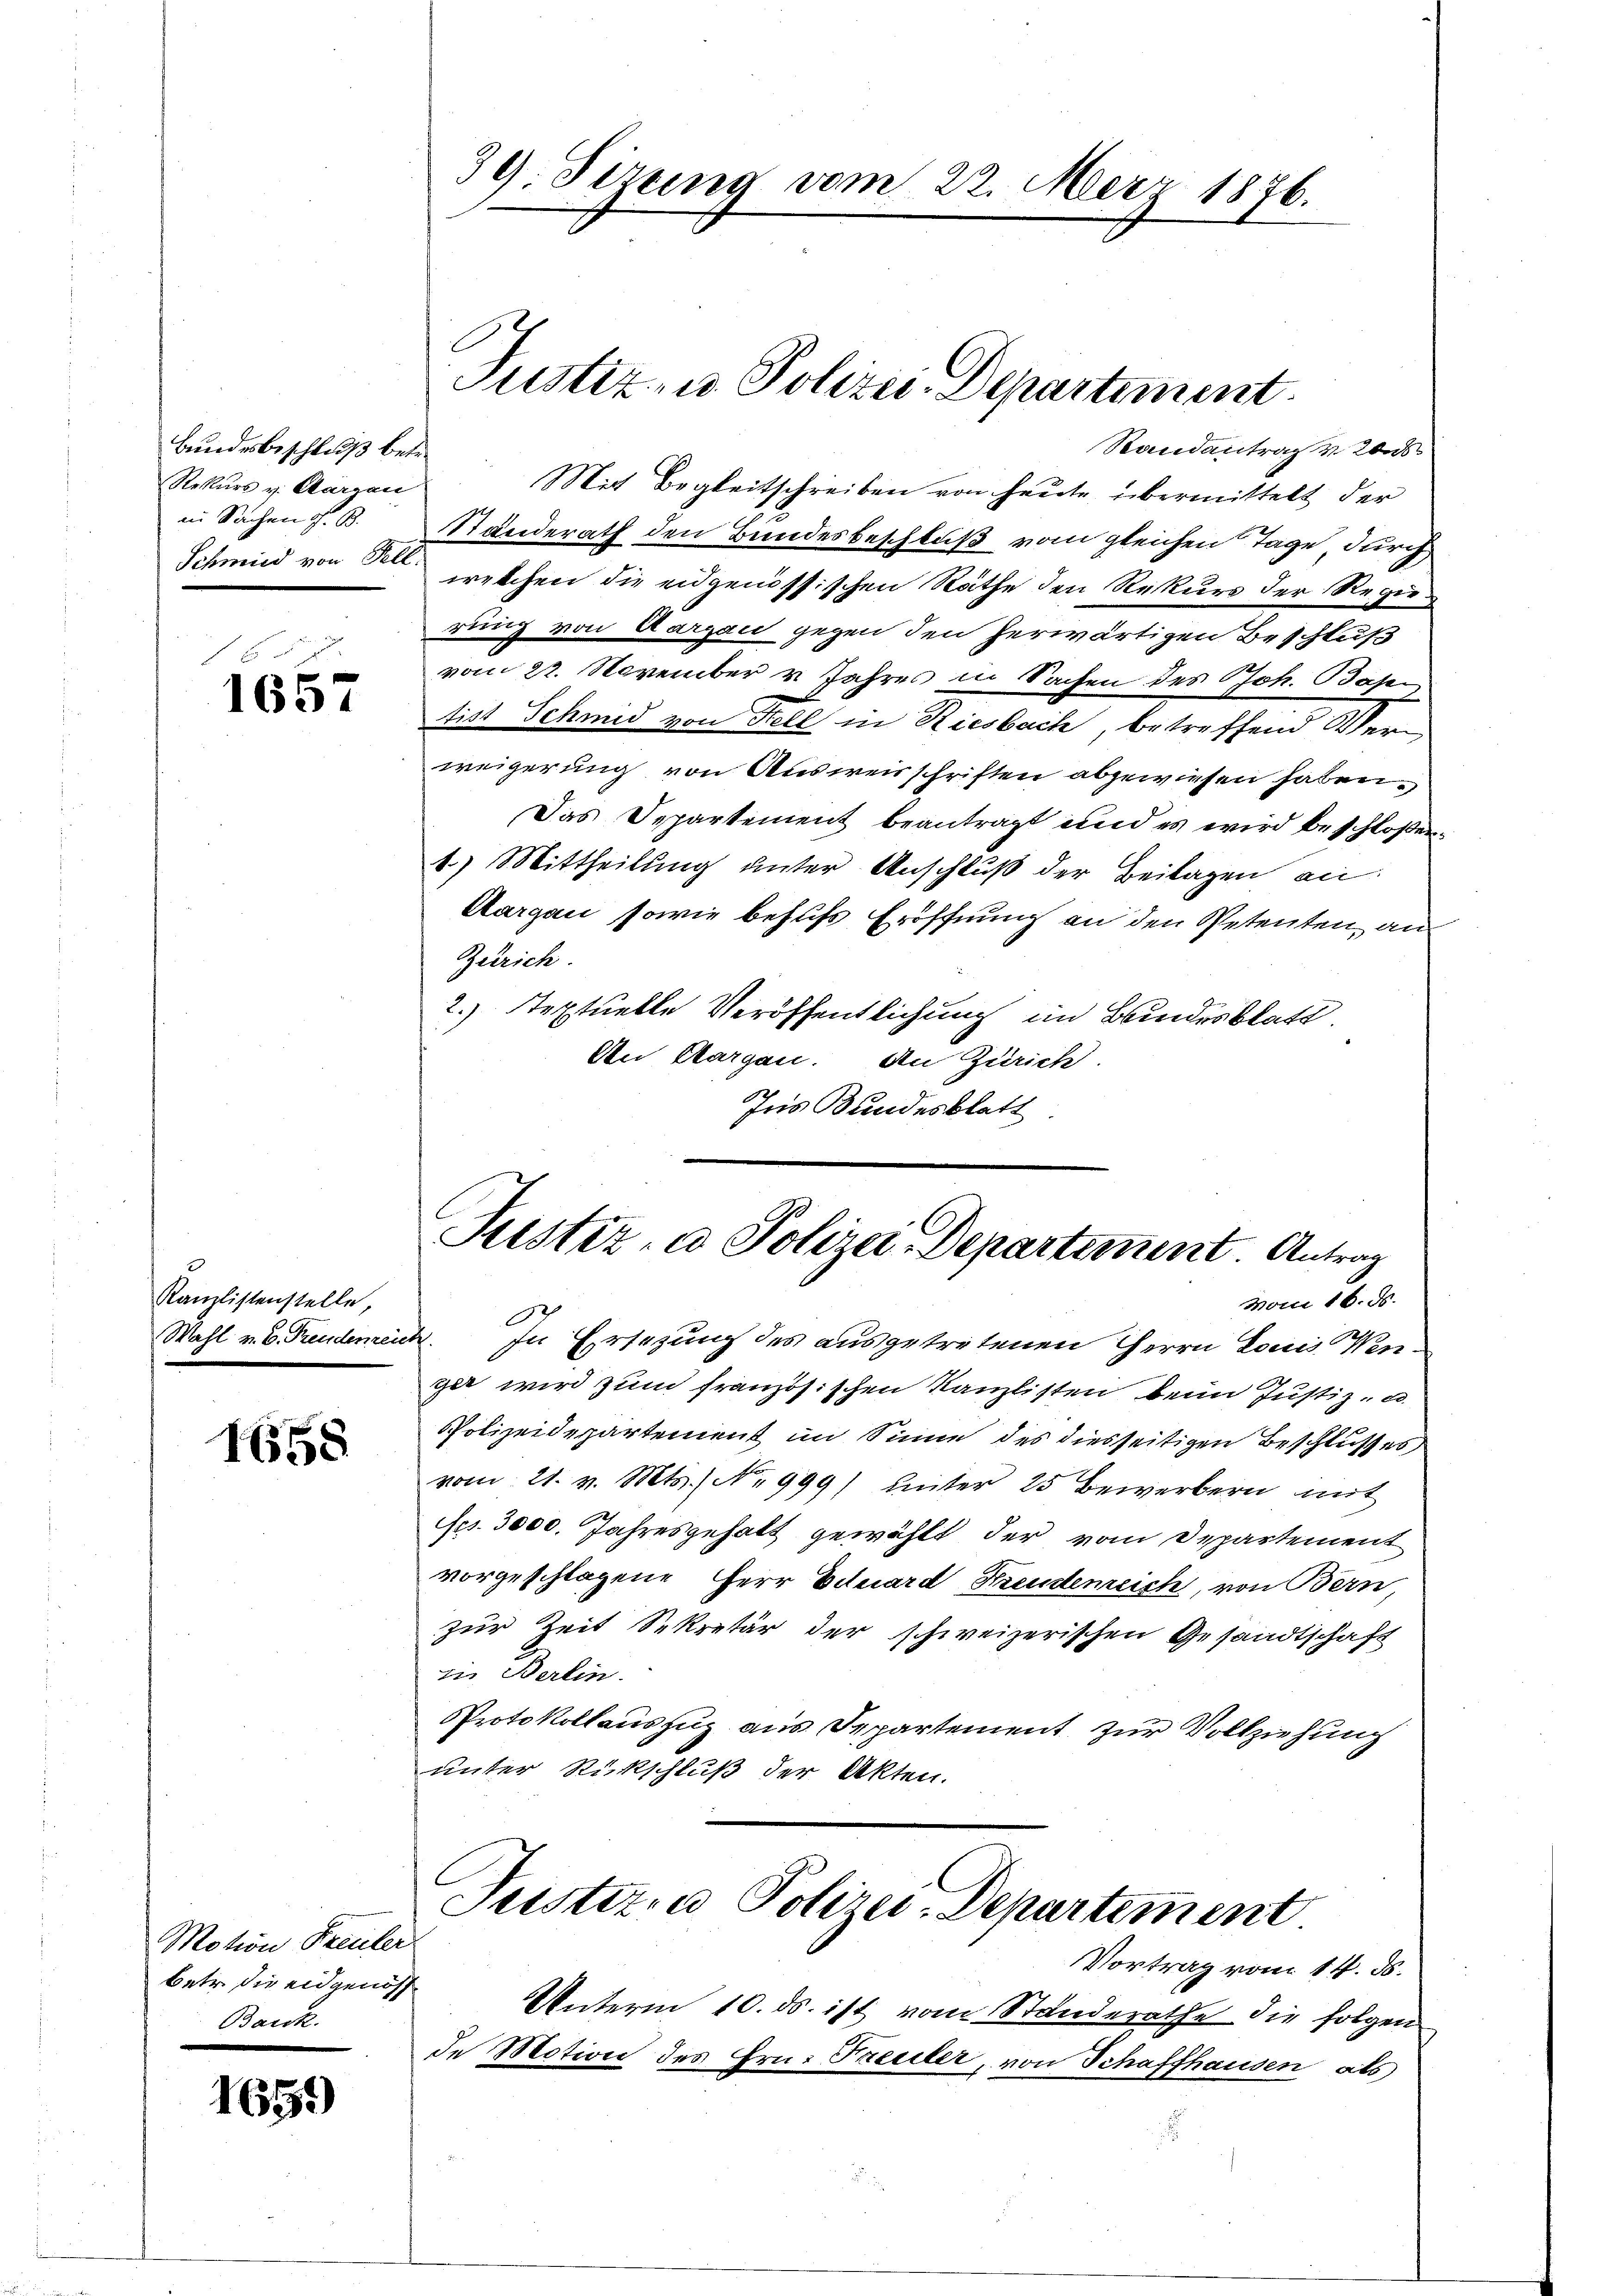
Bundesbeschluß betr.
Rekurs v. Aargau
in Sachen G. B.

1657

Kanzlistenstelle,

1658

Motion Freuler
betr. die eidgenoss
Barck.

1659

39. Sizung vom 22. März 1876.

Justiz- u. Polizei-Departement

Randantrag v. 26s
Mit Begleitschreiben von heute übermittelt der
Standerath den Bundesbeschluß vom gleichen Tage, durch
Schmied von den welchen die eidgenössischen Räthe den Rekurs der Regierung von Aargau gegen den herwärtigen Beschluß
vom 22. November v. Jahres in Sachen des Joh. Basen
tist Schmid von Stell in Riesbach, betreffend Verweigerung von Ausweisschriften abgewiesen haben.
Das Departement beantragt und es wird beschloßen:
1) Mittheilung unter Anschluß der Beilagen an
Aargau, sowie behufs Eröffnung an den Petenten, an¬
Zürich.
2.) Textuelle Veröffentlichung im Bundesblatt.
An Klargau. An Zürich.
Ins Bundesblatt

Justiz- u Polizei-Departement. Antrag

vom 16. ds.
O
Wahl v. B. Freudenreich. In Ersezung des ausgetretenen Herrn Louis Wenger wird zum französischen Kanzlisten beim Justiz- u
Polizeidepartement im Sinne des diesseitigen Beschlußes
vom 21. v. Mts. No 999) unter 25 Bewerbern mit
Fes. 3000. Jahresgehalt gewählt der vom Departement
vorgeschlagene Herr Eduard Freudeneich, von Bern,
zur Zeit Sekretär der schweizerischen Gesandtschaft
zie Berlin.
Protokollauszug aus Departement zur Vollziehung
unter Rückschluß der Akten.

Justizia Polizei-Departement

Vortrag vom 14. ds.
Unterm 10. ds. ist vom Standerathe die folgen
de Motion des Hrn. Theiler, von Schaffhausen als